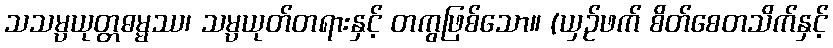
သသမ္ပယုတ္တဓမ္မဿ၊ သမ္ပယုတ်တရားနှင့် တကွဖြစ်သော။ (ယှဉ်ဖက် စိတ်စေတသိက်နှင့်